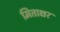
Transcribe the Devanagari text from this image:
मिताक्षर